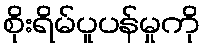
စိုးရိမ်ပူပန်မှုကို